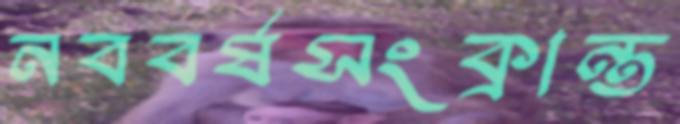
নববর্ষসংক্রান্ত